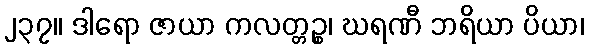
၂၃၇။ ဒါရော ဇာယာ ကလတ္တဉ္စ၊ ဃရဏီ ဘရိယာ ပိယာ၊